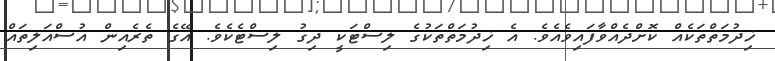
ޚިދުމަތްތަކެއް ކޮށްދެއްވާފައިވެއެވެ. އެ ޚިދުމަތްތަކުގެ ލިސްޓަކީ ދިގު ލިސްޓެކެވެ. އޭގެ ތެރެއިން އުސްއަލިތައް